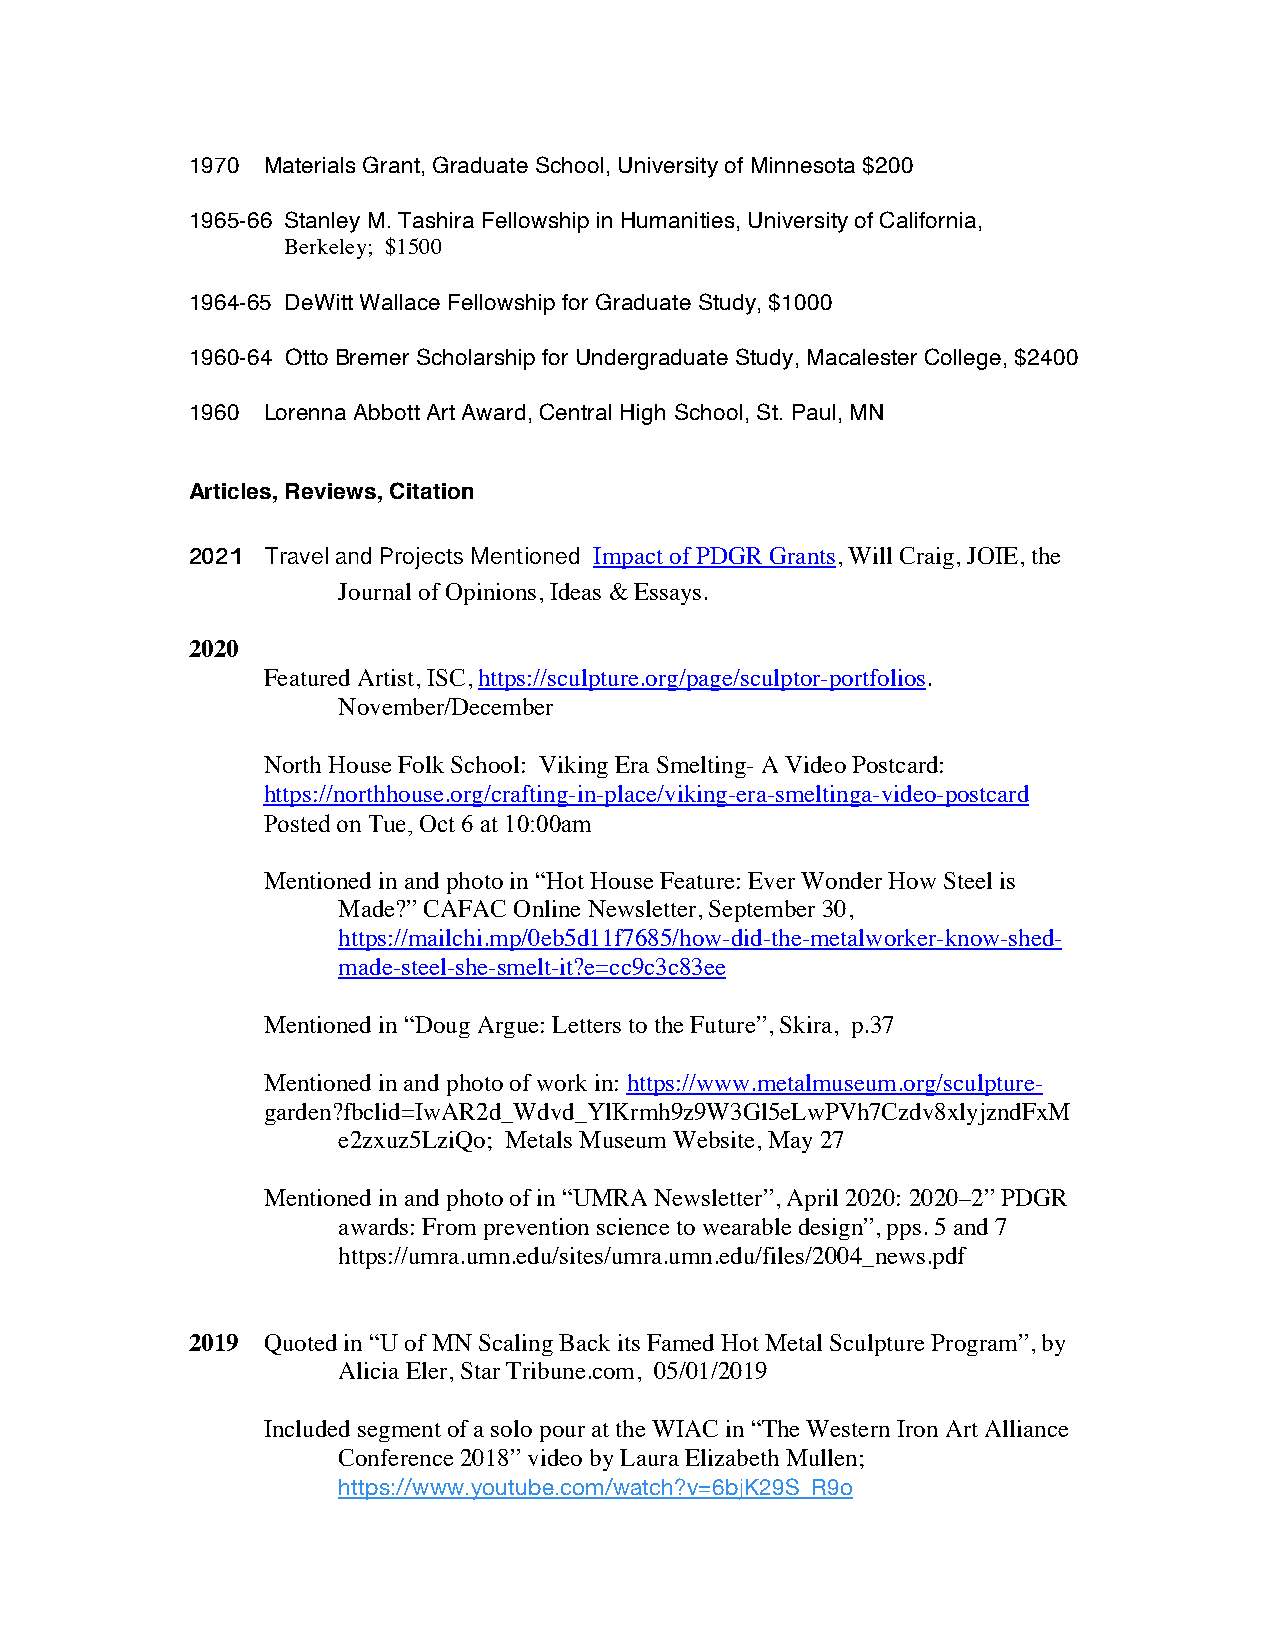
1970 Materials Grant, Graduate School, University of Minnesota $200
 1965-66 Stanley M. Tashira Fellowship in Humanities, University of California,
 Berkeley; $1500
 1964-65 DeWitt Wallace Fellowship for Graduate Study, $1000
 1960-64 Otto Bremer Scholarship for Undergraduate Study, Macalester College, $2400
 1960 Lorenna Abbott Art Award, Central High School, St. Paul, MN
 Articles, Reviews, Citation
 Impact of PDGR Grants, Will Craig, JOIE, the
 2021 Travel and Projects Mentioned
 Journal of Opinions, Ideas & Essays.
 2020
 Featured Artist, ISC, https://sculpture.org/page/sculptor-portfolios.
 November/December
 North House Folk School: Viking Era Smelting- A Video Postcard:
 https://northhouse.org/crafting-in-place/viking-era-smeltinga-video-postcard
 Posted on Tue, Oct 6 at 10:00am
 Mentioned in and photo in “Hot House Feature: Ever Wonder How Steel is
 Made?” CAFAC Online Newsletter, September 30,
 https://mailchi.mp/0eb5d11f7685/how-did-the-metalworker-know-shed-
 made-steel-she-smelt-it?e=cc9c3c83ee
 Mentioned in “Doug Argue: Letters to the Future”, Skira, p.37
 Mentioned in and photo of work in: https://www.metalmuseum.org/sculpture-
 garden?fbclid=IwAR2d_Wdvd_YlKrmh9z9W3Gl5eLwPVh7Czdv8xlyjzndFxM
 e2zxuz5LziQo; Metals Museum Website, May 27
 Mentioned in and photo of in “UMRA Newsletter”, April 2020: 2020–2” PDGR
 awards: From prevention science to wearable design”, pps. 5 and 7
 https://umra.umn.edu/sites/umra.umn.edu/files/2004_news.pdf
 2019 Quoted in “U of MN Scaling Back its Famed Hot Metal Sculpture Program”, by
 Alicia Eler, Star Tribune.com, 05/01/2019
 Included segment of a solo pour at the WIAC in “The Western Iron Art Alliance
 Conference 2018” video by Laura Elizabeth Mullen;
 https://www.youtube.com/watch?v=6bjK29S_R9o